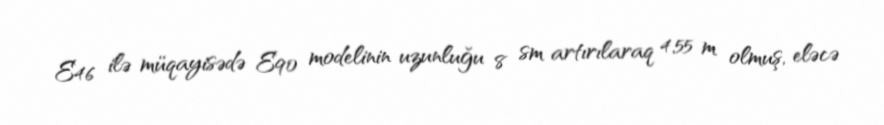
E46 ilə müqayisədə E90 modelinin uzunluğu 8 sm artırılaraq 4,55 m olmuş, eləcə